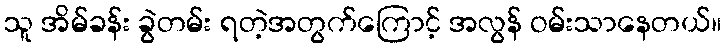
သူ အိမ်ခန်း ခွဲတမ်း ရတဲ့အတွက်ကြောင့် အလွန် ဝမ်းသာနေတယ်။